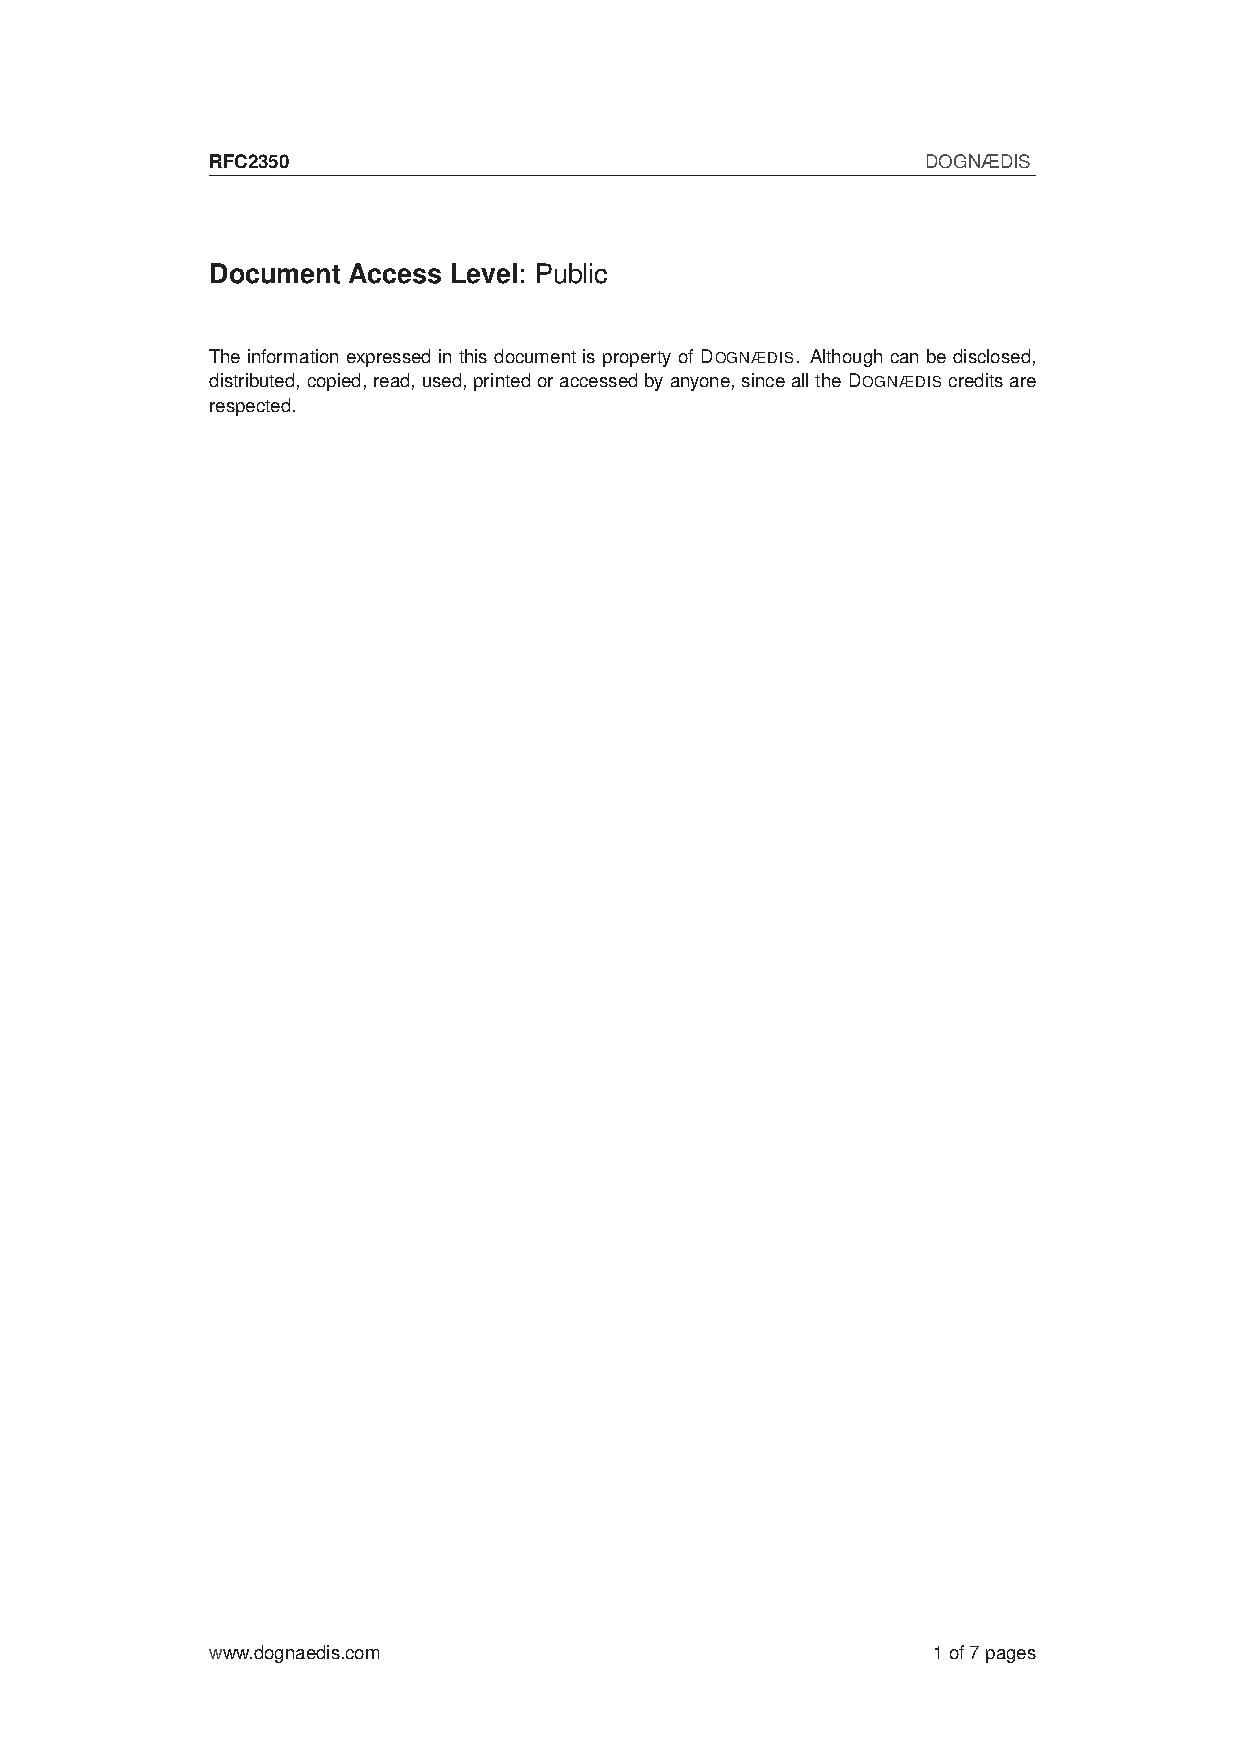
RFC2350                                        DOGNÆDIS
 Document Access Level: Public
 The information expressed in this document is property of DOGNÆDIS. Although can be disclosed,
 distributed,copied,read,used,printedoraccessedbyanyone,sinceallthe DOGNÆDIS creditsare
 respected.
 www.dognaedis.com                               1of7pages